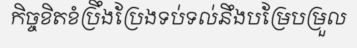
កិច្ចខិតខំប្រឹងប្រែងទប់ទល់នឹងបម្រែបម្រួល